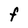
Character: F